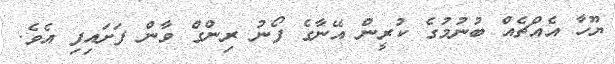
ޔޫހާ އެއްޗެއް ބުނުމުގެ ކުރީން އޭނާގެ ފޯނު ރިންގް ވާން ފަށައިފި އެވެ.